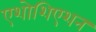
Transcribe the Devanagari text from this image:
एशोशिएशन